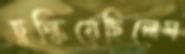
চুল্‌কিয়েছিলেম